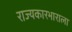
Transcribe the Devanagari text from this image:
राज्यकारभाराला